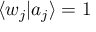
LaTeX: \langle w _ { j } | a _ { j } \rangle = 1